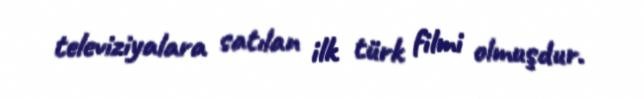
televiziyalara satılan ilk türk filmi olmuşdur.